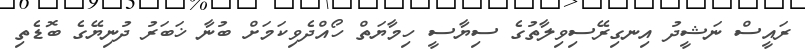
ރައީސް ނަޝީދު އިނގިރޭސިވިލާތުގެ ސިޔާސީ ހިމާޔަތް ހޯއްދެވިކަމަށް ބުނާ ޚަބަރު ދުނިޔޭގެ ބޮޑެތި